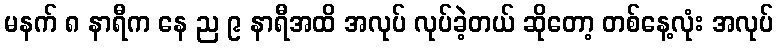
မနက် ၈ နာရီက နေ ည ၉ နာရီအထိ အလုပ် လုပ်ခဲ့တယ် ဆိုတော့ တစ်နေ့လုံး အလုပ်